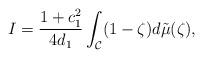
LaTeX: \begin{align*} I = \frac{1+c_1^2}{4d_1} \int_{\mathcal{C}} (1-\zeta) d \tilde{\mu}(\zeta),\end{align*}